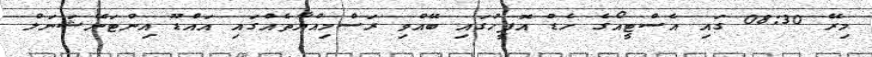
މިރޭ 08:30 ގައި އެސްޓީއޯގެ ހެޑް އޮފީހުގައި ބޭއްވި ރަސްމިއްޔާތެއްގައި އައްޑޫ އިންޓަނޭޝަނަލް